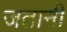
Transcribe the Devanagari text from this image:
जतानी